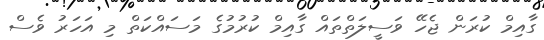
ގާއިމް ކުރަން ޖެހޭ ވަސީލަތްތައް ގާއިމް ކުރުމުގެ މަސައްކަތް މި އަހަރު ވެސް